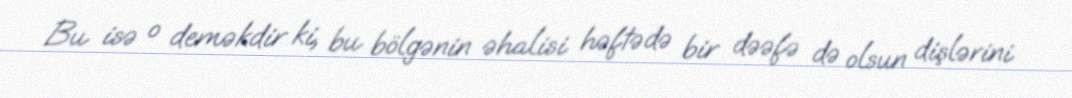
Bu isə o deməkdir ki, bu bölgənin əhalisi həftədə bir dəəfə də olsun dişlərini